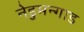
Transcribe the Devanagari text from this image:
नेडुमन्गाड